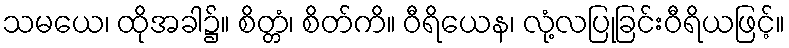
သမယေ၊ ထိုအခါ၌။ စိတ္တံ၊ စိတ်ကိ။ ဝီရိယေန၊ လုံ့လပြုခြင်းဝီရိယဖြင့်။